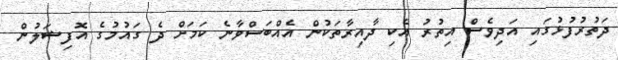
ދަތުރުފުޅުގައި އަދިވެސް އިތުރު އެކި ދާއިރާތަކުން އެއްބަސްވާނެ ކަމަށް ދެ ގައުމުގެ އޮފިޝަލުން